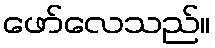
ဖော်လေသည်။